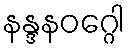
နန္ဒနဝဂ္ဂေါ